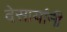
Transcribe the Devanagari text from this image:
देसायांनी